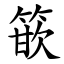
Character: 篏